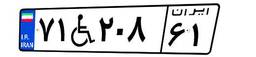
۷۱W۲۰۸۶۱